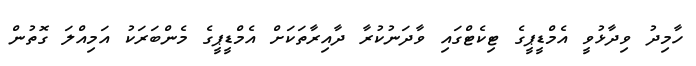
ހާމިދު ވިދާޅުވީ އެމްޑީޕީގެ ޓިކެޓްގައި ވާދަނުކުރާ ދާއިރާތަކަށް އެމްޑީޕީގެ މެންބަރަކު އަމިއްލަ ގޮތުން